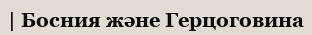
| Босния және Герцоговина